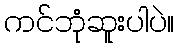
ကင်ဘုံဆူးပါပဲ။